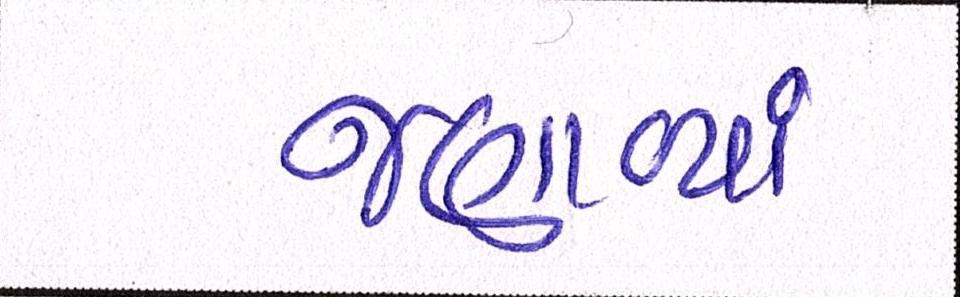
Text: જણાવ્યાં